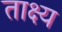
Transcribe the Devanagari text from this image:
ताक्ष्य